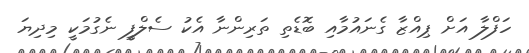
ހަފްލާ އަށް ޕިއްޒާ ގެނައުމާއި ބޮޑެތި ތަރިންނާ އެކު ސެލްފީ ނެގުމަކީ މިދިޔަ